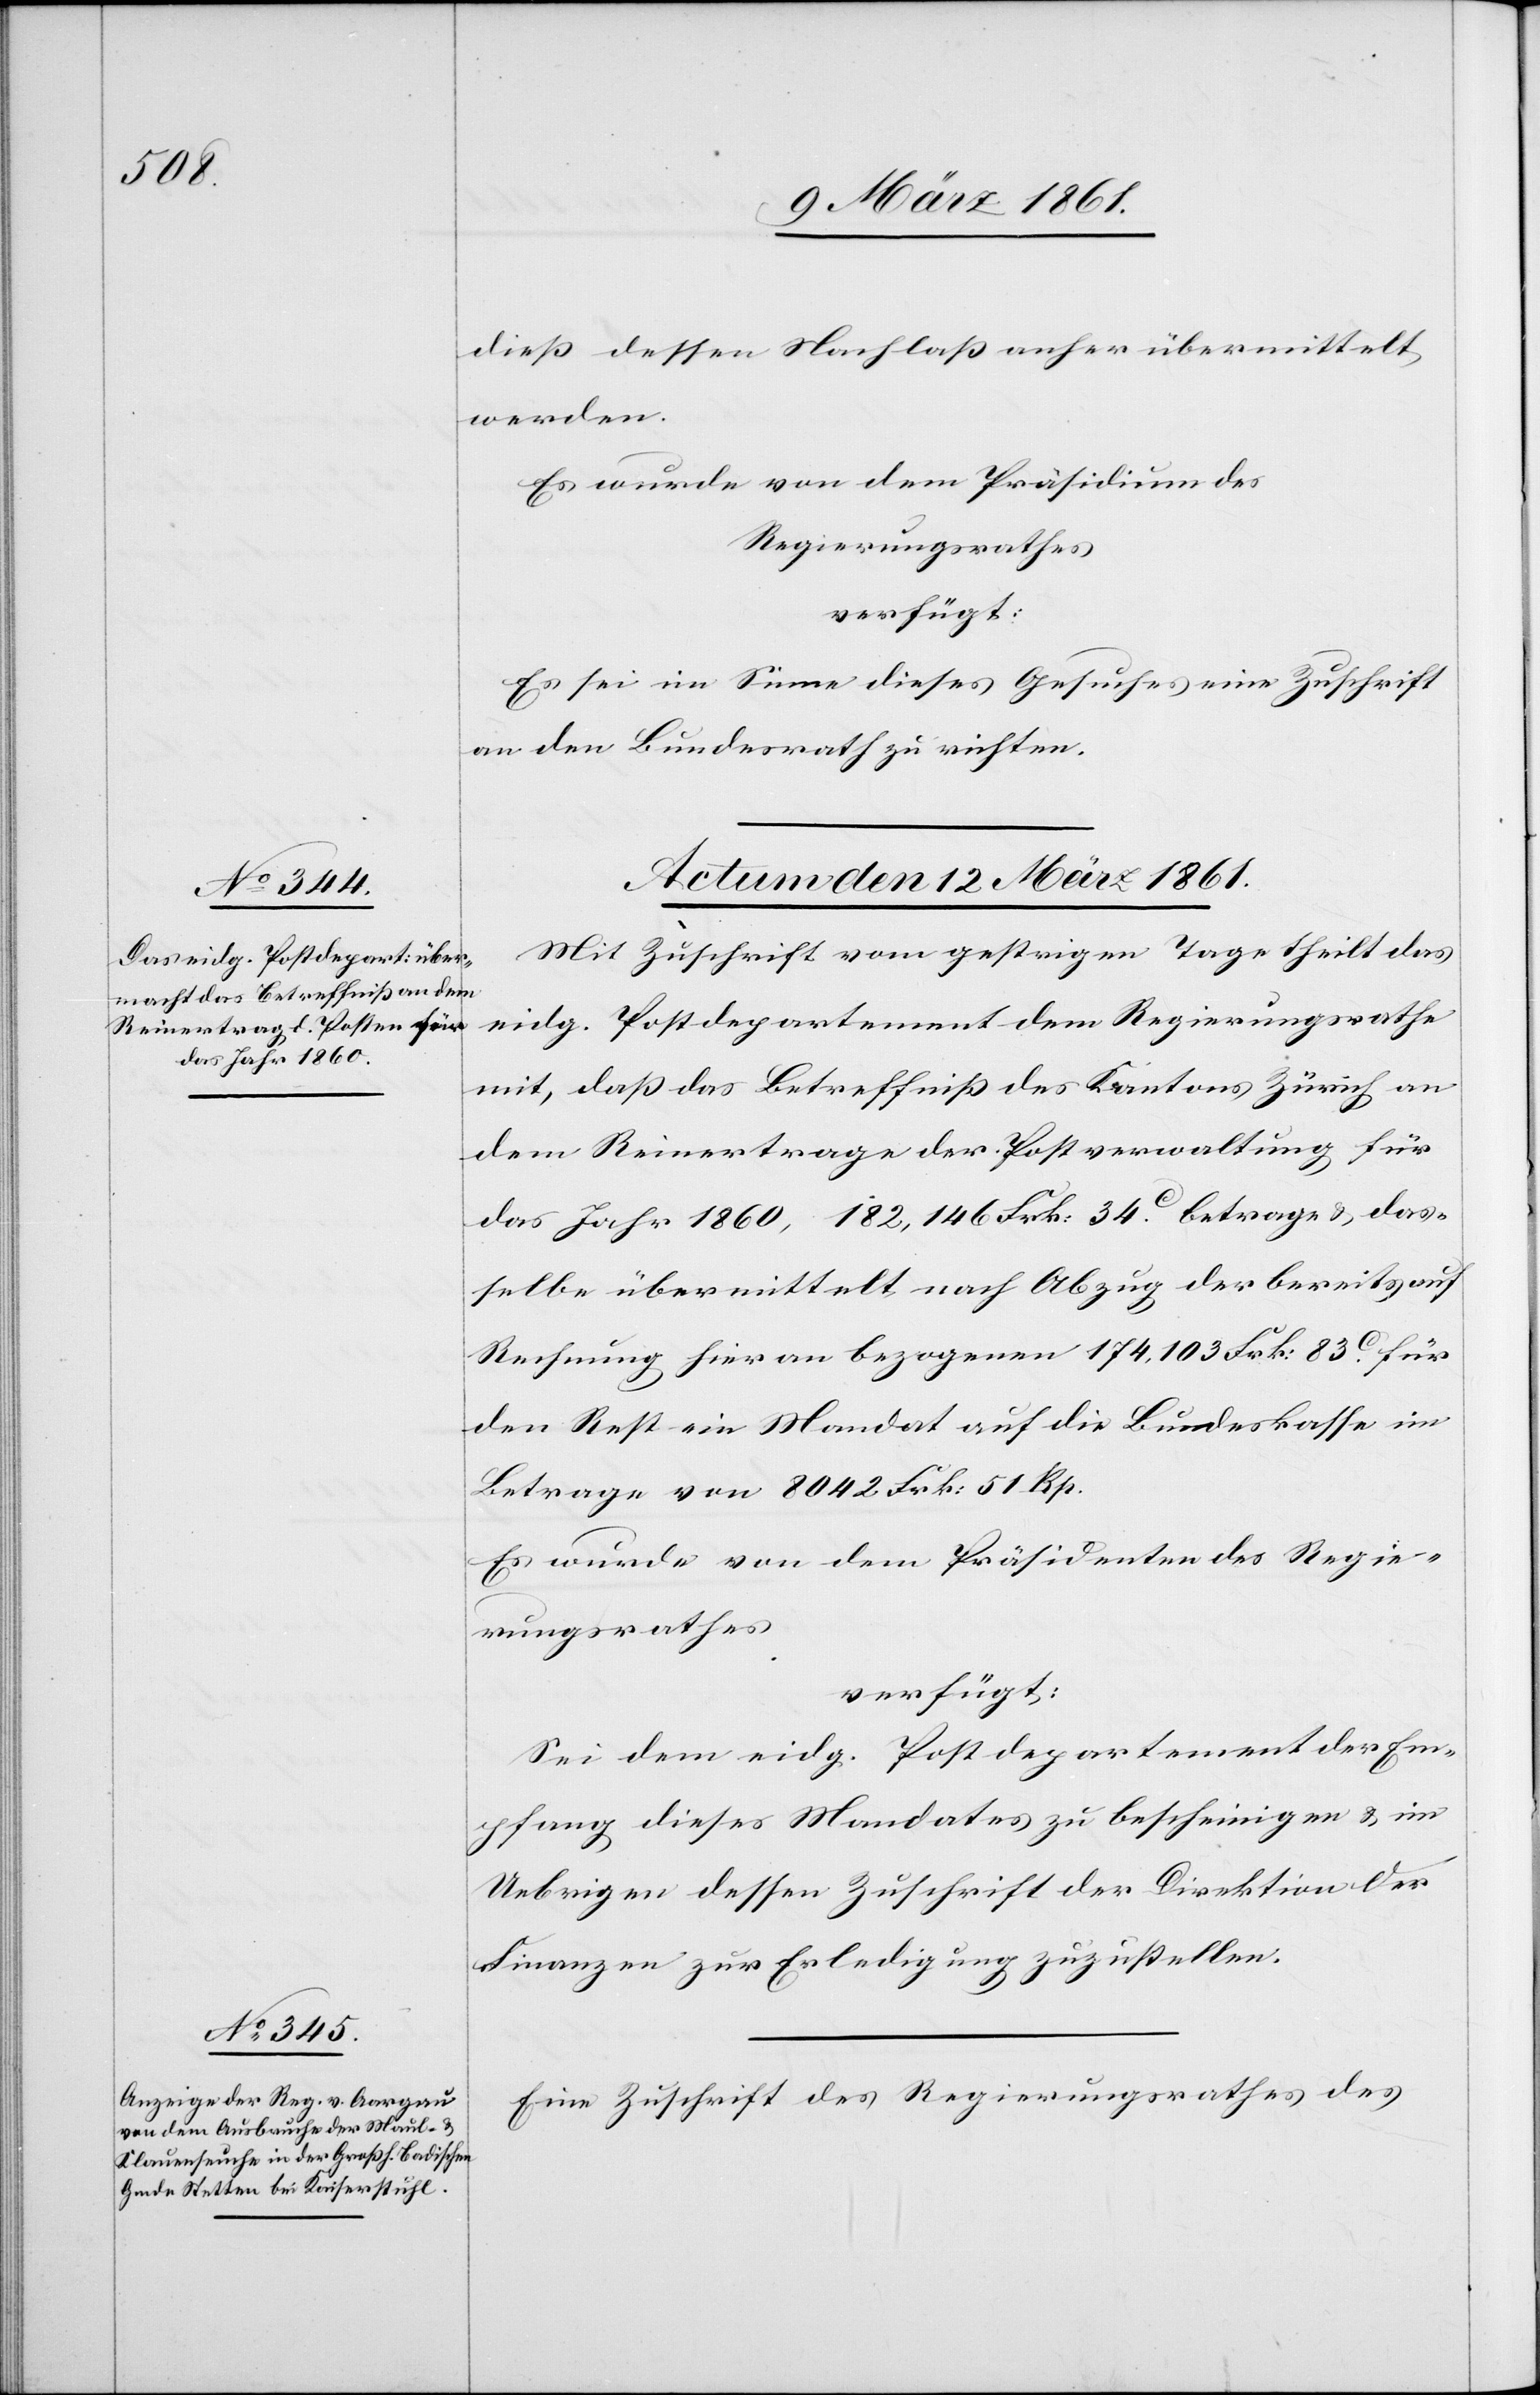
dieß dessen Nachlaß anher übermittelt
werden.
Es wurde von dem Präsidium des
Regierungsrathes
Es sei im Sinne dieses Gesuches eine Zuschrift
an den Bundesrath zu richten.
Actum den 12. März 1861.]
Mit Zuschrift vom gestrigen Tage theilt das
eidg. Postdepartement dem Regierungsrathe
mit, daß das Betreffniß des Kantons Zürich an
dem Reinertrage der Postverwaltung für
das Jahr 1860, 182,146 Frk: 34C betrage u. das¬
selbe übermittelt nach Abzug der bereits auf
Rechnung hieran bezogenen 174,103 Frk. 83C für
den Rest ein Mandat auf die Bundeskasse im
Betrage von 8042 Frk: 51 Rp.
Es wurde von dem Präsidenten des Regie¬
rungsrathes
verfügt:
Sei dem eidg. Postdepartement der Em¬
pfang dieses Mandates zu bescheinigen u. im
Uebrigen dessen Zuschrift der Direktion der
Finanzen zur Erledigung zuzustellen.
Eine Zuschrift des Regierungsrathes des